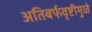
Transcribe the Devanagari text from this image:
अतिबर्फवृष्टीमुळे